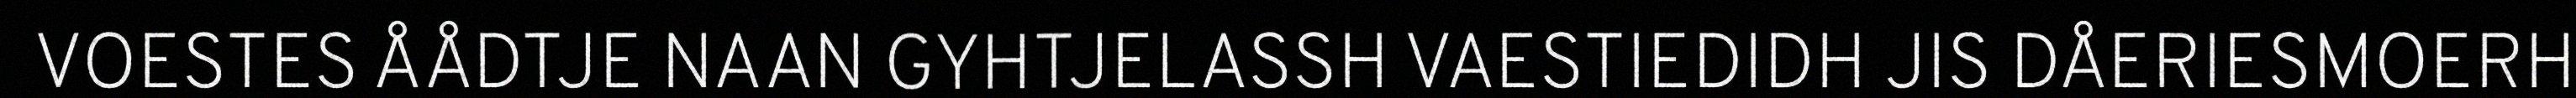
VOESTES ÅÅDTJE NAAN GYHTJELASSH VAESTIEDIDH JIS DÅERIESMOERH